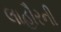
લાહૌરની